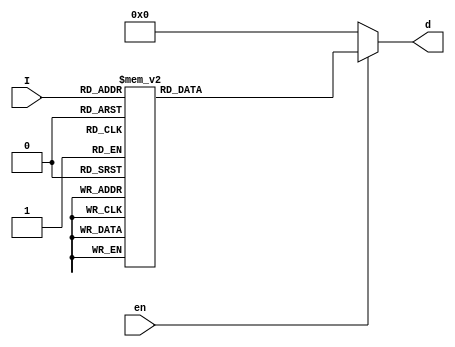
`timescale 1ns / 1ps
//////////////////////////////////////////////////////////////////////////////////
// Company: 
// 
// Design Name: 
// Module Name: decoder_3x8
// Project Name: 
// Target Devices: 
// Tool Versions: 
// Description: 
// 
// Dependencies: 
// 
// Revision:
// Revision 0.01 - File Created
// Additional Comments:
// 
//////////////////////////////////////////////////////////////////////////////////


module decoder_3x8 (input [2:0] I,
                    input en,
                    output reg [7:0] d
                    );
       always @(*) begin
        if (en == 0)
            d = 8'b0;
        else begin
            case(I)
              3'b000 : d = 8'b0000_0001;
              3'b001 : d = 8'b0000_0010;
              3'b010 : d = 8'b0000_0100;
              3'b011 : d = 8'b0000_1000;
              3'b100 : d = 8'b0001_0000;
              3'b101 : d = 8'b0010_0000;
              3'b110 : d = 8'b0100_0000;
              3'b111 : d = 8'b1000_0000;
              default: d = 8'b0;
            endcase
        end
       end
      
endmodule